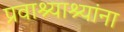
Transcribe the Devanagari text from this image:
प्रवाश्याश्यांना